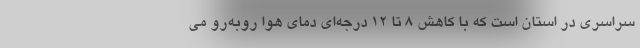
سراسری در استان است که با کاهش 8 تا 12 درجه‌ای دمای هوا روبه‌رو می